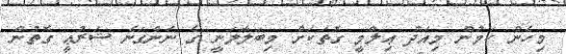
މިހެން ކަމުން މިއަދު ޢިލްމީ ގޮތަކަށް މިބަލާލަނީ ގެ ނަންގަނެ ޝަރުޢީ ގޮތުން